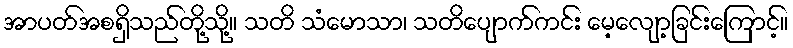
အာပတ်အစရှိသည်တို့သို့။ သတိ သံမောသာ၊ သတိပျောက်ကင်း မေ့လျော့ခြင်းကြောင့်။